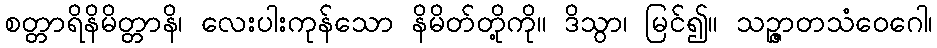
စတ္တာရိနိမိတ္တာနိ၊ လေးပါးကုန်သော နိမိတ်တို့ကို။ ဒိသွာ၊ မြင်၍။ သဉ္ဇာတသံဝေဂေါ၊